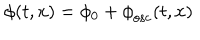
{ \phi } ( t , x ) = \phi _ { 0 } + { \phi } _ { \mathrm { { o s c } } } ( t , x )